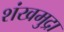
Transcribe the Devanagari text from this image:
शंखमुद्रा